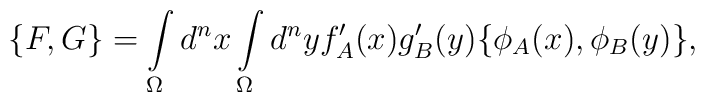
\{F,G\}=\int\limits_{\Omega}d^nx\int\limits_{\Omega}d^nyf'_A(x)g'_B(y)\{\phi_A(x),\phi_B(y)\},